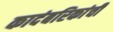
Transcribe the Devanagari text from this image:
कादंबरिकांची